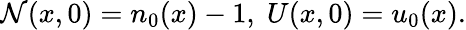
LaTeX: \mathcal{N}(x,0)=n_{0}(x)-1,\; U(x,0)=u_{0}(x).